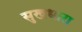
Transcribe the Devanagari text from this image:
सुखधारा